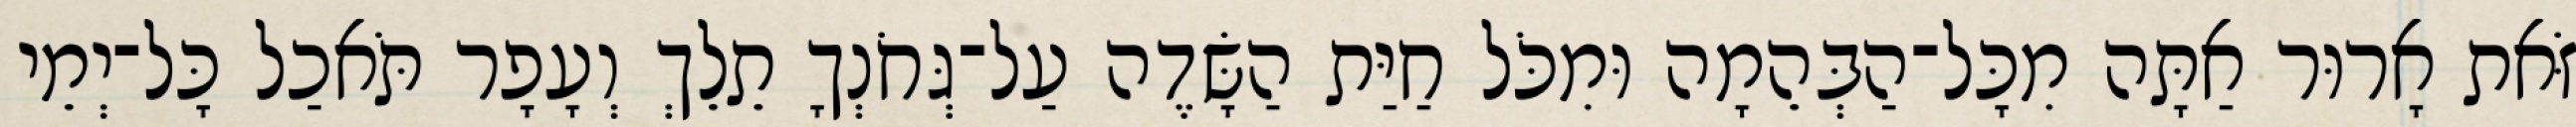
זֹּאת אָרוּר אַתָּה מִכָּל־הַבְּהֵמָה וּמִכֹּל חַיַּת הַשָּׂדֶה עַל־גְּחֹנְךָ תֵלֵךְ וְעָפָר תֹּאכַל כָּל־יְמֵי